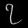
Digit: ၇